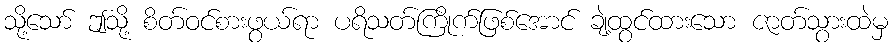
သို့သော် ဤသို့ စိတ်ဝင်စားဖွယ်ရာ ပရိသတ်ကြိုက်ဖြစ်အောင် ချဲ့ထွင်ထားသော ဇာတ်သွားထဲမှ